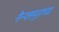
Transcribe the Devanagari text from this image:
सैन्यसमूहाच्या